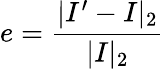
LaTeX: e=\frac{|I^{\prime}-I|_{2}}{|I|_{2}}